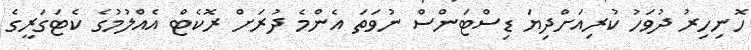
ހޮނިހިރު ދުވަހު ކުރިއަށްދިޔަ ޑިސްޓަންސް ނުވަތަ އެންމެ ދުރަށް ރޮކެޓް އެއްލުމުގެ ކެޓަގަރީގެ